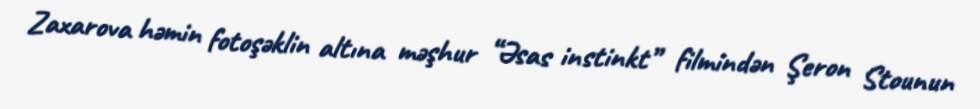
Zaxarova həmin fotoşəklin altına məşhur “Əsas instinkt” filmindən Şeron Stounun